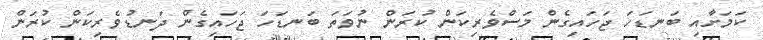
ކަމަށާއި ބަނޑަހަ ޖަހައިގެން މަސްވެރިކަން ކުރަން ނުވަތަ ބަނޑަހަ ޖަހައިގެން ދަނޑުވެރިކަން ކުރަން